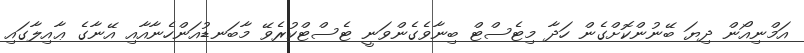
އަމްނިއޯން ދިޔަ ބޭނުންކޮށްގެން ހަދާ މިޓެސްޓް ބިނާވެގެންވަނީ ޓެސްޓްކުރެވޭ މާބަނޑުއަންހެނާއާއި އޭނާގެ ޢާއިލާގައި